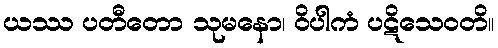
ယဿ ပတီတော သုမနော၊ ဝိပါကံ ပဋိသေဝတိ။